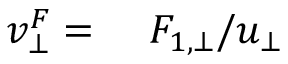
\begin{array} { r l } { v _ { \bot } ^ { F } = } & { { } \ F _ { 1 , \bot } / u _ { \bot } } \end{array}